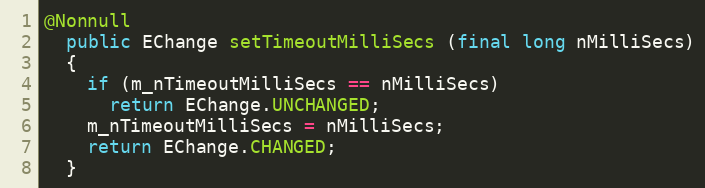
Language: Java
@Nonnull
  public EChange setTimeoutMilliSecs (final long nMilliSecs)
  {
    if (m_nTimeoutMilliSecs == nMilliSecs)
      return EChange.UNCHANGED;
    m_nTimeoutMilliSecs = nMilliSecs;
    return EChange.CHANGED;
  }